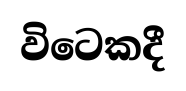
විටෙකදී